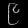
Digit: ၉